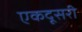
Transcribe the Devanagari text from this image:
एकदूसरी